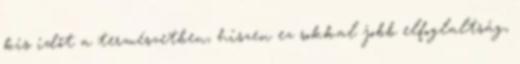
kis időt a természetben, hiszen ez sokkal jobb elfoglaltság,